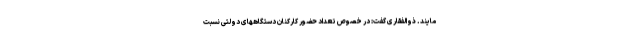
مایند. ذوالفقاری گفت: در خصوص تعداد حضور کارکنان دستگاههای دولتی نسبت